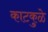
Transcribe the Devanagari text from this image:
काटकुळे